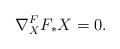
LaTeX: \begin{align*}\nabla^F_X F_\ast X =0.\end{align*}